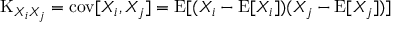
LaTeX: \operatorname { K } _ { X _ { i } X _ { j } } = \operatorname { c o v } [ X _ { i } , X _ { j } ] = \operatorname { E } [ ( X _ { i } - \operatorname { E } [ X _ { i } ] ) ( X _ { j } - \operatorname { E } [ X _ { j } ] ) ]